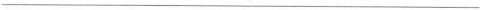
___